Medical and sanitary report of the native army of Bengal for the year
Year: 1876
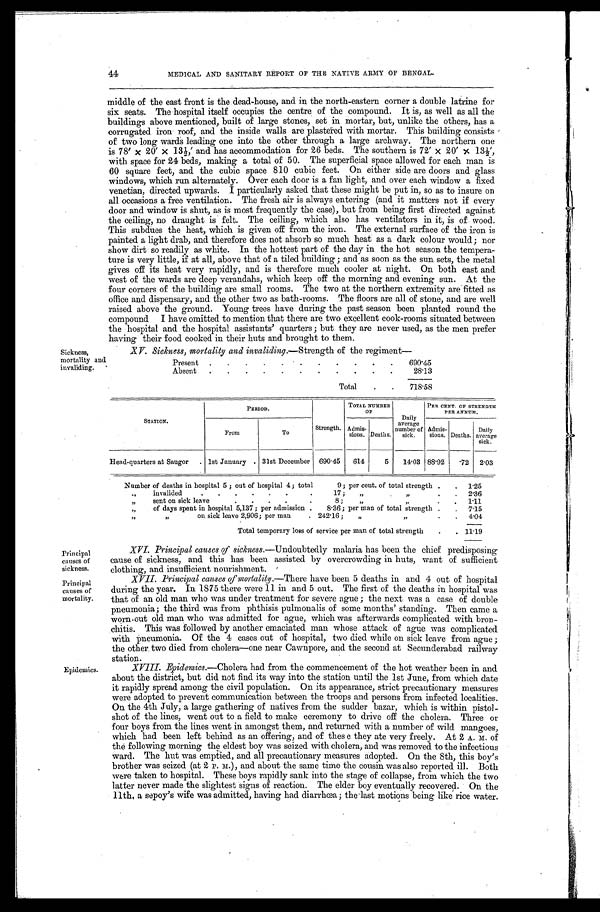
Principal
causes of
sickness.
Principal
causes of
mortality.
44
MEDICAL AND SANITARY REPORT OF THE NATIVE ARMY OF BENGAL.
middle of the east front is the dead-house, and in the north-eastern corner a double latrine for
six seats. The hospital itself occupies the centre of the compound. It is, as well as all the
buildings above mentioned, built of .large stones, set in mortar, but, unlike the others, has a
c or r uga t e d i r on r oof , a nd t he i ns i de wa l l s a r e pl a s t e r e d wi t h mor t a r . Thi s bui l di ng c ons i s t s
of two long wards leading one into the other through a large archway. The northern one
is 78'×20'×13½, and has accommodation for 26 beds. The southern is 72' × 20' × 13½,
with space for 24 beds, making a total of 50. The superficial space allowed for each man is
60 square feet, and the cubic space 810 cubic feet. On either side are doors and glass
windows, which run alternately. Over each door is a fan light, and over each window a fixed
venetian, directed upwards. I particularly asked that these might be put in, so as to insure on
all occasions a free ventilation. The fresh air is always entering (and it matters not if every
door and window is shut, as is most frequently the case), but from being first directed against
the ceiling, no draught is felt. The ceiling, which also has ventilators in it, is of wood.
This subdues the heat, which is given off from the iron. The external surface of the iron is
painted a light drab, and therefore does not absorb so much heat as a dark colour would; nor
show dirt so readily as white. In the hottest part of the day in the hot season the tempera
-ture is very little, if at all, above that of a tiled building; and as soon as the sun sets, the metal
gives off its heat very rapidly, and is therefore much cooler at night. On both east and
west of the wards are deep verandahs, which keep off the morning and evening sun. At the
four corners of the building are small rooms. The two at the northern extremity are fitted as
office and dispensary, and the other two as bath-rooms. The floors are all of stone, and are well
raised above the ground. Young trees have during the past season been planted round the
compound I have omitted to mention that there are two excellent cook-rooms situated between
the hospital and the hospital assistants' quarters; but they are never used, as the men prefer
having their food cooked in their huts and brought to them.
Sickness,
mortality and
invaliding.
X V. Sickness, mortality and invaliding.—Strength of the regiment—
Present . . .
690.45
Absent . . .
28.13
Total . . .
718.58
Epidemics.
STATION.
PERIOD.
Strength.
TOTAL NUMBER
OF
Daily
average
number of
sick.
PER CENT. OF STRENGTH
PER ANNUM.
From
To
Admis-
sions. Deaths.
Admis-
sions. Deaths.
Daily
average
sick.
Head-quarters at Saugor . . .
1st January . . . 31st December 690.45
614
5
14.03 88.92
72
2.03
Number of deaths in hospital 5; out of hospital 4; total 9; per cent. of total strength . . .
1.25
" invalided
. . . 17; " " . . .
2.36
" sent on sick leave . . . 8; " " . . .
1.11
" of days spent in hospital 5,137; per admission . . . 8.36; per man of total strength . . .
7.15
" " on sick leave 2,906; per man . . . 242.16; " " . . .
4.04
Total temporary loss of service per man of total strength . . .
11.19
XVI. Principal causes of sickness.—Undoubtedly malaria has been the chief predisposing
cause of sickness, and this has been assisted by overcrowding in huts, want of sufficient
clothing and insufficient nourishment.
XVII. Principal causes of mortality.—There have been 5 deaths in and 4 out of hospital
during the year. In 1875 there were 11 in and 5 out. The first of the deaths in hospital was
that of an old man who was under treatment for severe ague; the next was a case of double
pneumonia; the third was from phthisis pulmonalis of some months' standing. Then came a
worn-out old man who was admitted for ague, which was afterwards complicated with bron
- c h i t i s . T h i s w a s f o l l o w e d b y a n o t h e r e m a c i a t e d m a n w h o s e a t t a c k o f a g u e w a s c o m p l i c a t e d
with pneumonia. Of the 4 cases out of hospital, two died while on sick leave from ague;
the other two died from cholera—one near Cawnpore, and the second at Secunderabad railway
station.
XVIII. Epidemics.—Cholera had from the commencement of the hot weather been in and
about the district, but did not find its way into the station until the 1st June, from which date
it rapidly spread among the civil population. On its appearance, strict precautionary measures
were adopted to prevent communication between the troops and persons from infected localities.
On the 4th July, a large gathering of natives from the sudder bazar, which is within pistol
- s h o t o f t h e l i n e s , w e n t o u t t o a f i e l d t o m a k e c e r e m o n y t o d r i v e o f f t h e c h o l e r a . T h r e e o r
four boys from the lines went in amongst them, and returned with a number of wild mangoes,
which had been left behind as an offering, and of these they ate very freely. At 2 A. M. of
the following morning the eldest boy was seized with cholera, and was removed to the infectious
ward. The hut was emptied, and all precautionary measures adopted. On the 8th, this boy's
brother was seized (at 2 P. M.), and about the same time the cousin was also reported ill. Both
were taken to hospital. These boys rapidly sank into the stage of collapse, from which the two
latter never made the slightest signs of reaction. The elder boy eventually recovered. On the
11th, a sepoy's wife was admitted, having had diarrhœa; the last motions being like rice water.